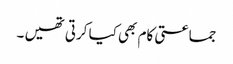
جماعتی کام بھی کیا کرتی تھیں ۔